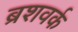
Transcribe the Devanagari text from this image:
ब्रशवर्क